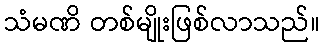
သံမဏိ တစ်မျိုးဖြစ်လာသည်။